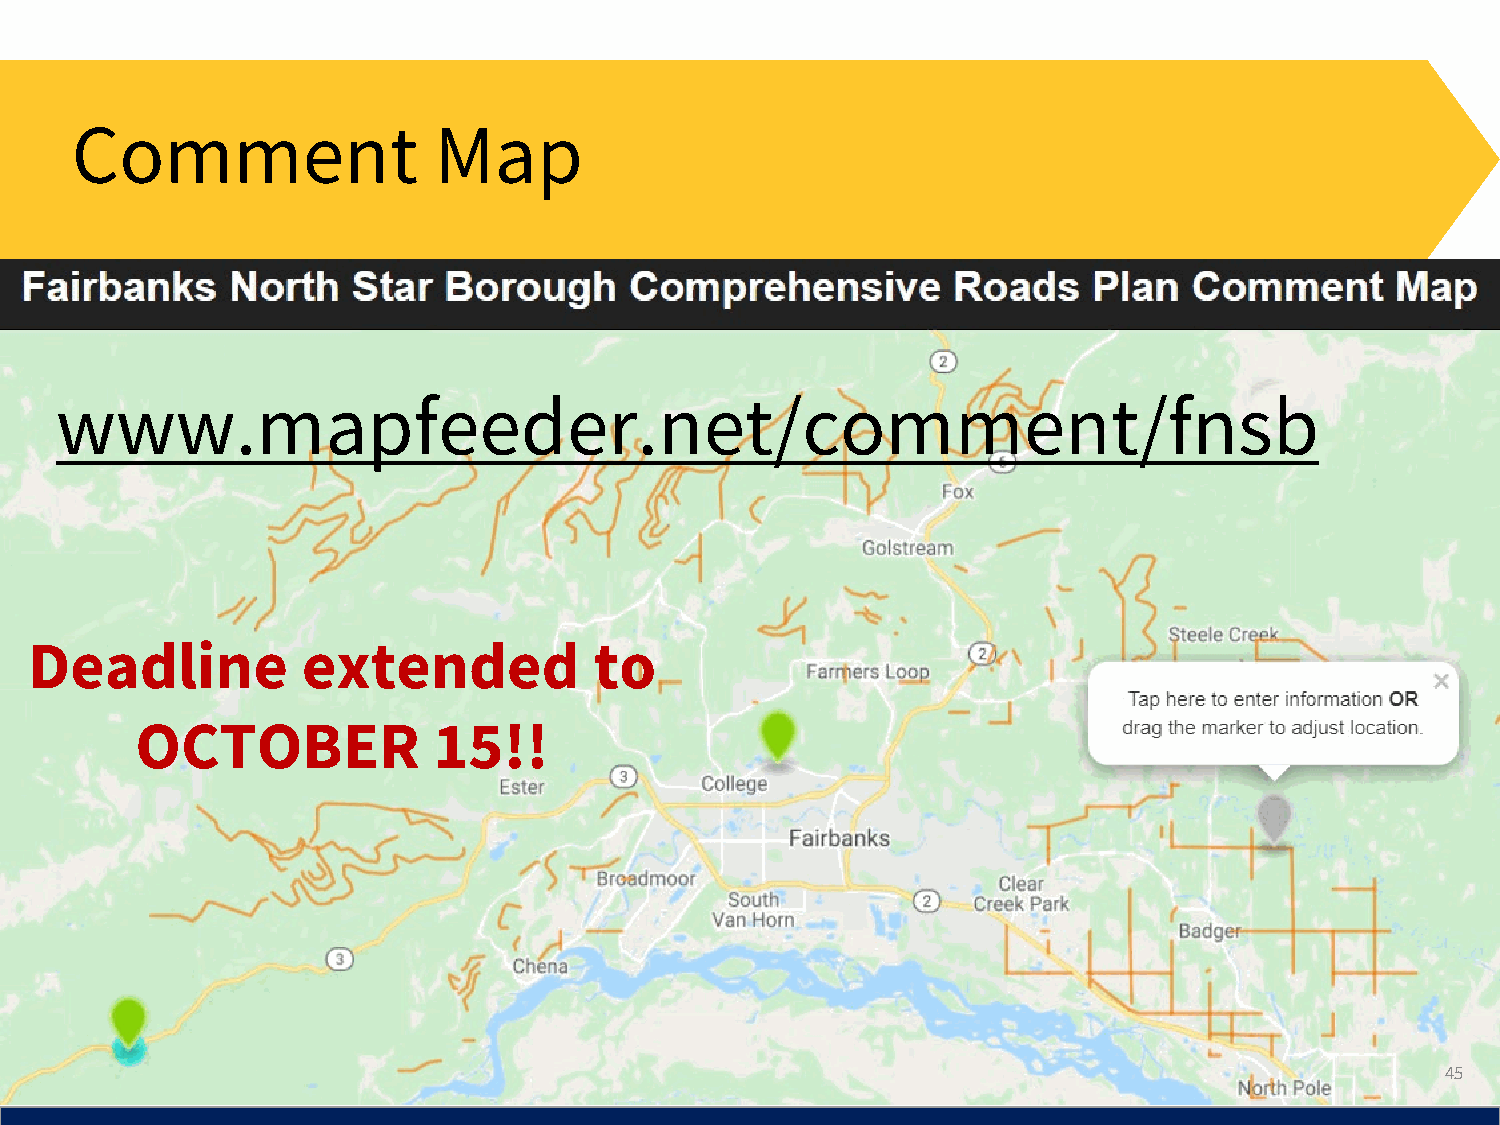
Comment                 Map
 www.mapfeeder.net/comment/fnsb
 Deadline          extended           to
 OCTOBER             15!!
 45